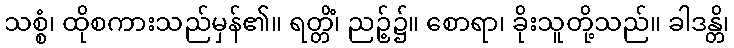
သစ္စံ၊ ထိုစကားသည်မှန်၏။ ရတ္တိံ၊ ညဉ့်၌။ စောရာ၊ ခိုးသူတို့သည်။ ခါဒန္တိ၊